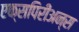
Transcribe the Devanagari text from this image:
एक्सपिरीअन्स